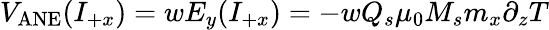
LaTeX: V_{\mathrm{ANE}}(I_{+x})=wE_{y}(I_{+x})=-wQ_{s}\mu_{0}M_{s}m_{x}\partial_{z}T